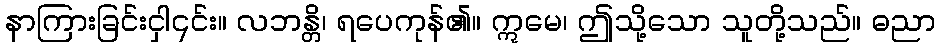
နာကြားခြင်းငှါ၎င်း။ လဘန္တိ၊ ရပေကုန်၏။ ဣမေ၊ ဤသို့သော သူတို့သည်။ ဓညာ